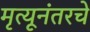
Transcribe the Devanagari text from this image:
मृत्यूनंतरचे